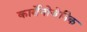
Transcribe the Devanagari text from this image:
कार्सेनोजेनिक